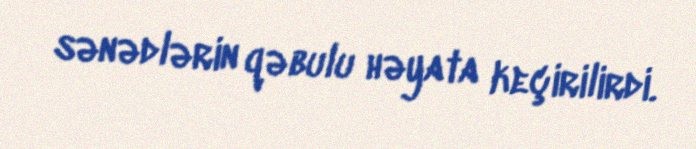
sənədlərin qəbulu həyata keçirilirdi.